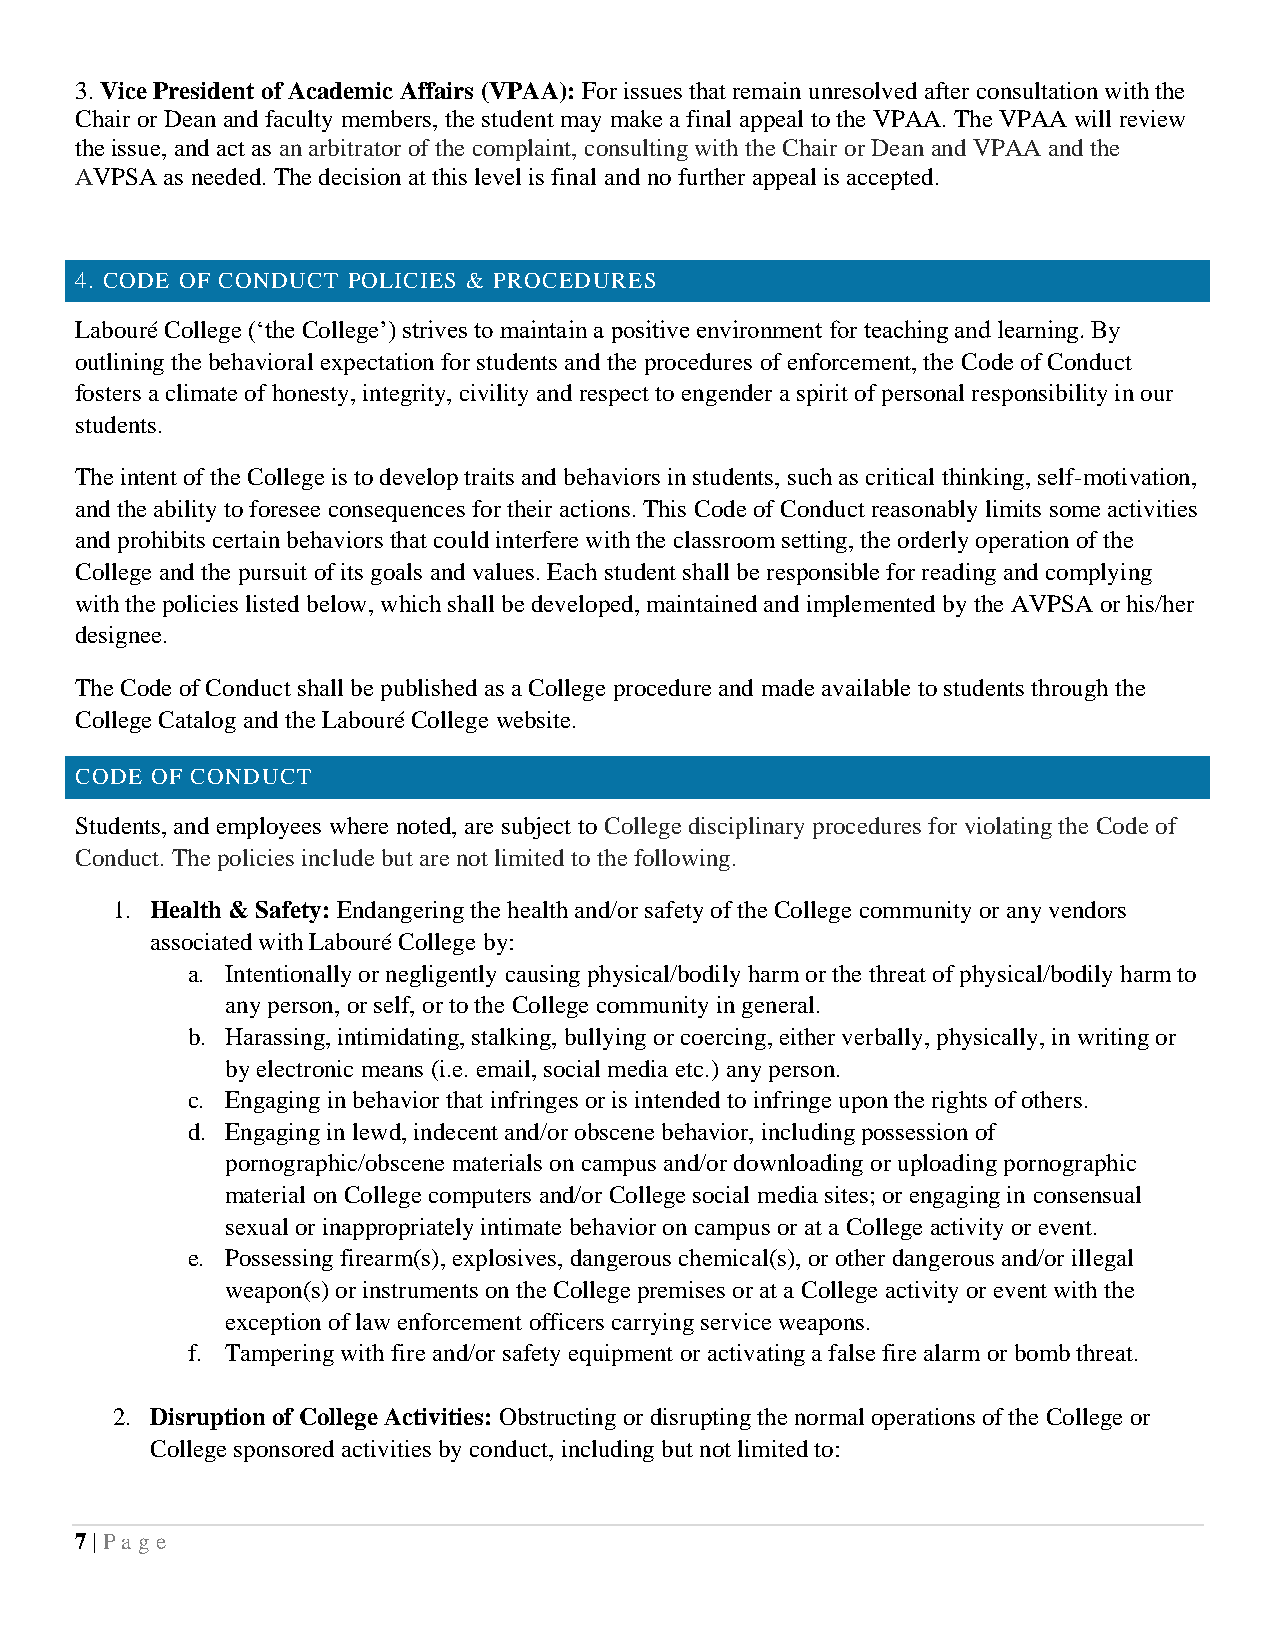
3. Vice President of Academic Affairs (VPAA): For issues that remain unresolved after consultation with the
 Chair or Dean and faculty members, the student may make a final appeal to the VPAA. The VPAA will review
 the issue, and act as an arbitrator of the complaint, consulting with the Chair or Dean and VPAA and the
 AVPSA as needed. The decision at this level is final and no further appeal is accepted.
 4. CODE OF CONDUCT POLICIES & PROCEDURES
 Labouré College (‘the College’) strives to maintain a positive environment for teaching and learning. By
 outlining the behavioral expectation for students and the procedures of enforcement, the Code of Conduct
 fosters a climate of honesty, integrity, civility and respect to engender a spirit of personal responsibility in our
 students.
 The intent of the College is to develop traits and behaviors in students, such as critical thinking, self-motivation,
 and the ability to foresee consequences for their actions. This Code of Conduct reasonably limits some activities
 and prohibits certain behaviors that could interfere with the classroom setting, the orderly operation of the
 College and the pursuit of its goals and values. Each student shall be responsible for reading and complying
 with the policies listed below, which shall be developed, maintained and implemented by the AVPSA or his/her
 designee.
 The Code of Conduct shall be published as a College procedure and made available to students through the
 College Catalog and the Labouré College website.
 CODE OF CONDUCT
 Students, and employees where noted, are subject to College disciplinary procedures for violating the Code of
 Conduct. The policies include but are not limited to the following.
 1. Health & Safety: Endangering the health and/or safety of the College community or any vendors
 associated with Labouré College by:
 a. Intentionally or negligently causing physical/bodily harm or the threat of physical/bodily harm to
 any person, or self, or to the College community in general.
 b. Harassing, intimidating, stalking, bullying or coercing, either verbally, physically, in writing or
 by electronic means (i.e. email, social media etc.) any person.
 c. Engaging in behavior that infringes or is intended to infringe upon the rights of others.
 d. Engaging in lewd, indecent and/or obscene behavior, including possession of
 pornographic/obscene materials on campus and/or downloading or uploading pornographic
 material on College computers and/or College social media sites; or engaging in consensual
 sexual or inappropriately intimate behavior on campus or at a College activity or event.
 e. Possessing firearm(s), explosives, dangerous chemical(s), or other dangerous and/or illegal
 weapon(s) or instruments on the College premises or at a College activity or event with the
 exception of law enforcement officers carrying service weapons.
 f. Tampering with fire and/or safety equipment or activating a false fire alarm or bomb threat.
 2. Disruption of College Activities: Obstructing or disrupting the normal operations of the College or
 College sponsored activities by conduct, including but not limited to:
 7 | Pa ge